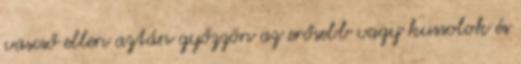
vascső ellen aztán győzzön az erősebb vagy kussolok és